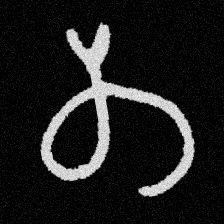
Pyu character \u2014 Myanmar letter: တ (romanized: ta)